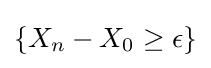
\left\{X_{n}-X_{0}\geq \epsilon \right\}